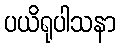
ပယိရုပါသနာ